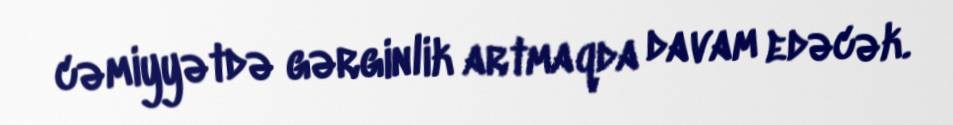
cəmiyyətdə gərginlik artmaqda davam edəcək.